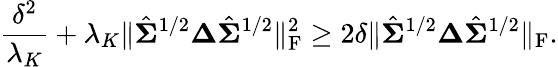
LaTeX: \frac{\delta^{2}}{\lambda_{K}}+\lambda_{K}\| \hat{\boldsymbol{\Sigma}}^{1/2}\boldsymbol{\Delta}\hat{\boldsymbol{\Sigma}}^{1/2}\| _{\mathrm{F}}^{2}\geq 2\delta\| \hat{\boldsymbol{\Sigma}}^{1/2}\boldsymbol{\Delta}\hat{\boldsymbol{\Sigma}}^{1/2}\| _{\mathrm{F}}.